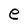
Character: e